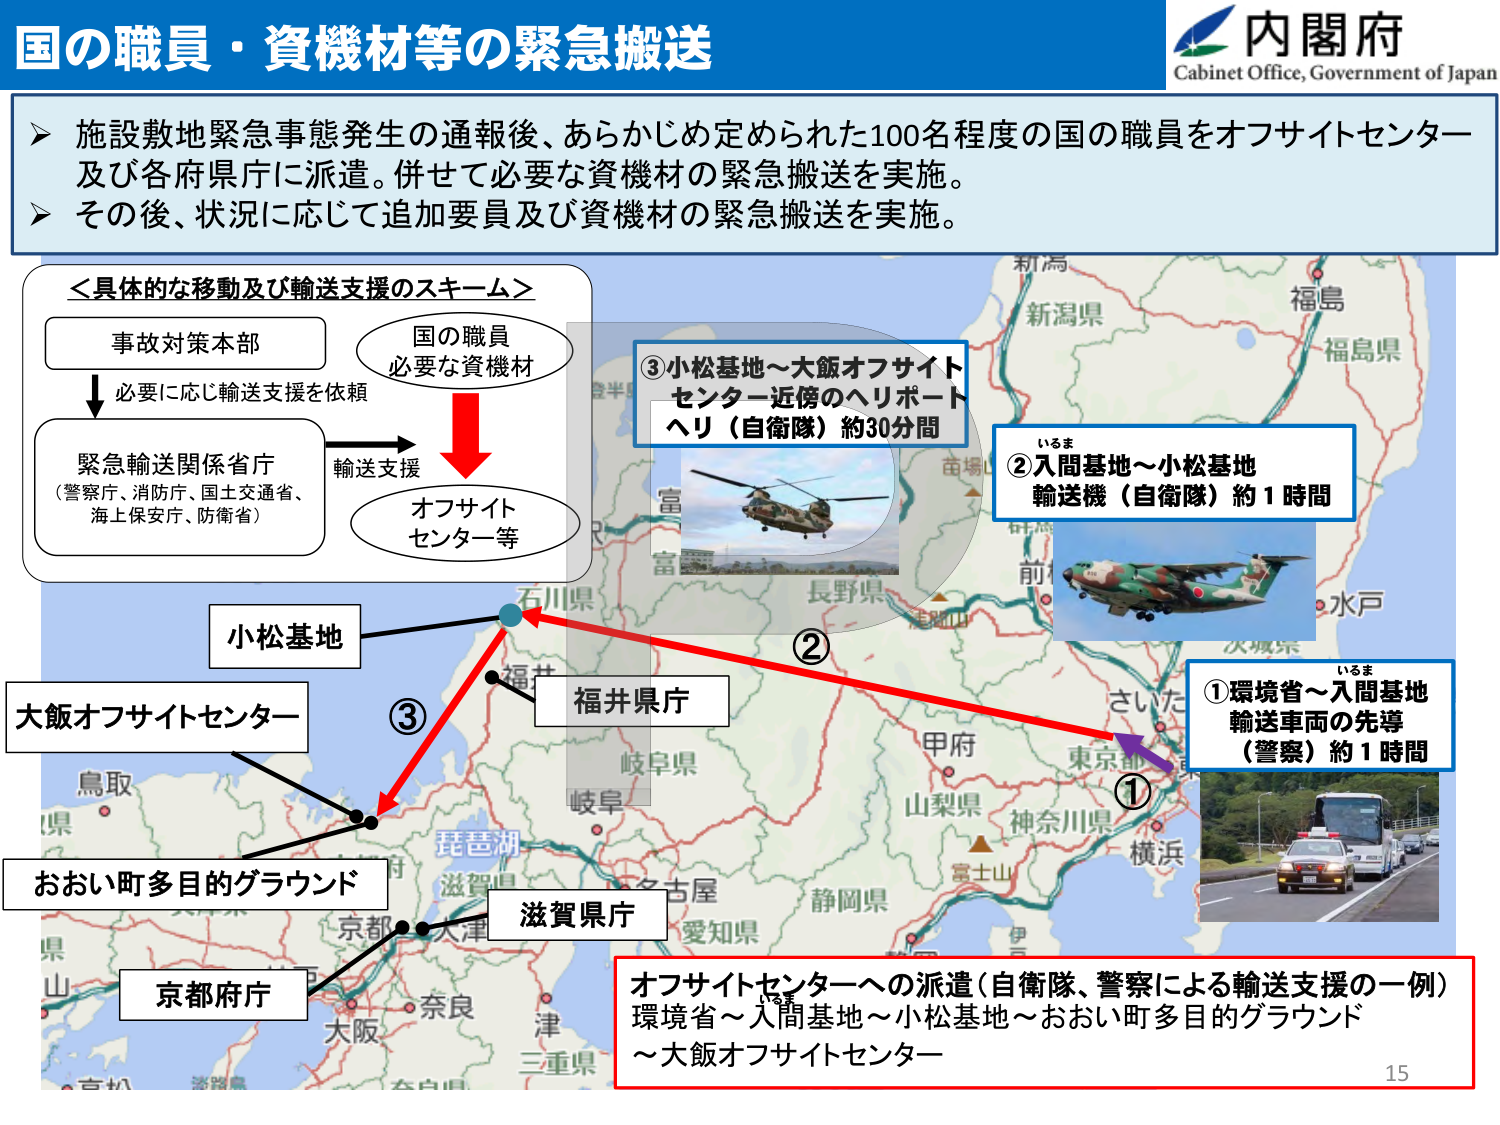
国の職員・資機材等の緊急搬送

内閣府
Cabinet Office, Government of Japan

▶ 施設敷地緊急事態発生の通報後、あらかじめ定められた100名程度の国の職員をオフサイトセンター及び各府県庁に派遣。併せて必要な資機材の緊急搬送を実施。
▶ その後、状況に応じて追加要員及び資機材の緊急搬送を実施。

＜具体的な移動及び輸送支援のスキーム＞
事故対策本部
↓
必要に応じ輸送支援を依頼
緊急輸送関係省庁
（警察庁、消防庁、国土交通省、
海上保安庁、防衛省）
→ 輸送支援
→ オフサイト
センター等
国の職員
必要な資機材

③小松基地～大飯オフサイト
センター近傍のヘリポート
ヘリ（自衛隊）約30分間

②入間基地～小松基地
輸送機（自衛隊）約1時間

①環境省～入間基地
輸送車両の先導
（警察）約1時間

小松基地
大飯オフサイトセンター
おおい町多目的グラウンド
京都府庁
滋賀県庁
福井県庁

オフサイトセンターへの派遣（自衛隊、警察による輸送支援の一例）
環境省～入間基地～小松基地～おおい町多目的グラウンド
～大飯オフサイトセンター

15